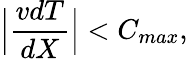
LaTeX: \Big|\frac{vdT}{dX}\Big|<C_{max},